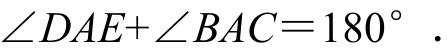
\(\angle DAE+\angle BAC = 180^{\circ}\).